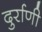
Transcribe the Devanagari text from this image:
दुर्राणी